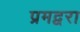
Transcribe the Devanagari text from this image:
प्रमद्वरा